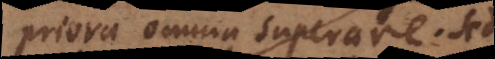
priora omnia superare. Sed